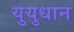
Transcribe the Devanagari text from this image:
युयुधान